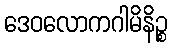
ဒေဝလောကဂါမိနိဉ္စ